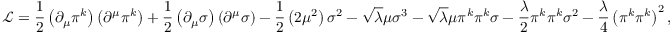
{ \mathcal { L } } = { \frac { 1 } { 2 } } \left( \partial _ { \mu } \pi ^ { k } \right) \left( \partial ^ { \mu } \pi ^ { k } \right) + { \frac { 1 } { 2 } } \left( \partial _ { \mu } \sigma \right) \left( \partial ^ { \mu } \sigma \right) - { \frac { 1 } { 2 } } \left( 2 \mu ^ { 2 } \right) \sigma ^ { 2 } - { \sqrt { \lambda } } \mu \sigma ^ { 3 } - { \sqrt { \lambda } } \mu \pi ^ { k } \pi ^ { k } \sigma - { \frac { \lambda } { 2 } } \pi ^ { k } \pi ^ { k } \sigma ^ { 2 } - { \frac { \lambda } { 4 } } \left( \pi ^ { k } \pi ^ { k } \right) ^ { 2 } ,